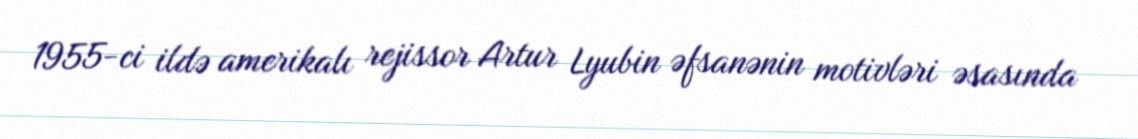
1955-ci ildə amerikalı rejissor Artur Lyubin əfsanənin motivləri əsasında